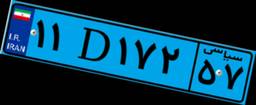
۱۱D۱۷۲۵۷